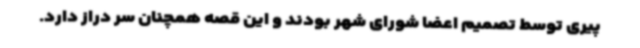
پیری توسط تصمیم اعضا شورای شهر بودند و این قصه همچنان سر دراز دارد.